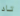
تاد